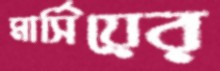
মার্সিয়ের